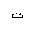
Letter: _ta